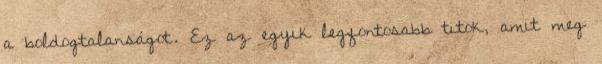
a boldogtalanságot. Ez az egyik legfontosabb titok, amit meg